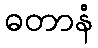
ဓတာနံ